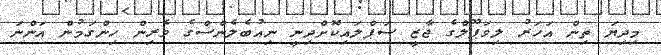
މިދިޔަ ތިން އަހަރު ލިވަޕޫލްގެ ޖާޒީ ސަޕްލައިކޮށްދިނީ ނިއުބެލެންސްގެ ވެރިން ހިންގަމުން އަންނަ